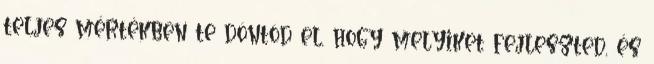
teljes mértékben te döntöd el, hogy melyiket fejleszted, és